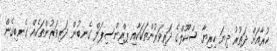
ހުރާއަށް ދަތުރު ދިޔަ ހިރިޔާ ސްކޫލްގެ ދަރިވަރުންތަކަކާއި ޕްރިންސިޕަލް ގެނބުން ދަރިވަރުންތަކެއް ގެނބިގެން